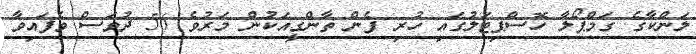
ލަންކާގެ ގަމްޕޯލާ ހޮސްޕިޓަލުގައި ހުރި ފެން ތާންގީއަކުން މަރުވެ 56 ދުވަސް ވެފައިވާ